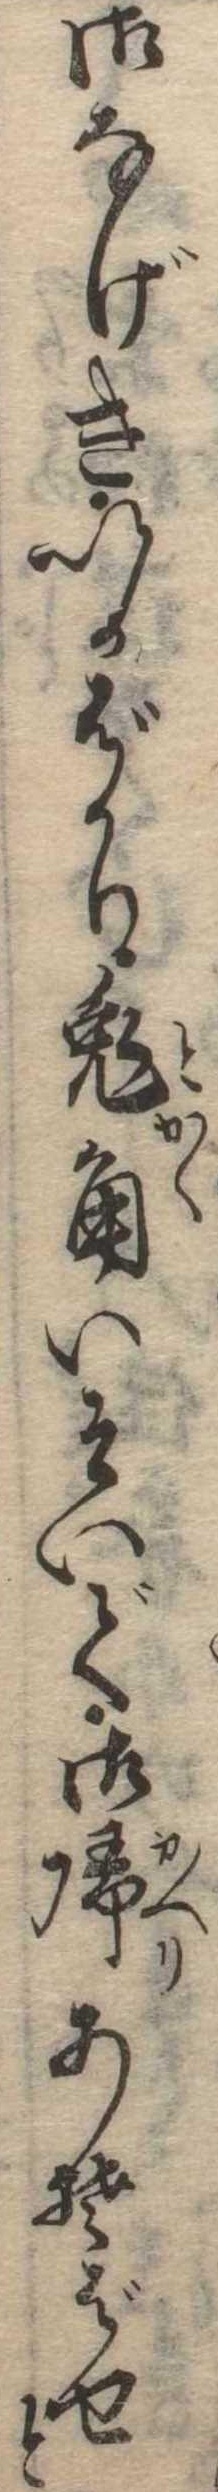
御なげきいかばかり兎角いそいで御帰あそばせと